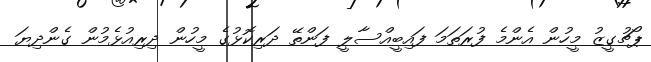
ޕޯޗުގީޒު މީހުން އެންމެ ފުރަތަމަ ފައިބީއްސާލީ ފަންތޭ ދަރިކޮޅުގެ މީހުން ދިރިއުޅެމުން ގެންދިޔަ